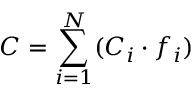
C = \sum _ { i = 1 } ^ { N } ( C _ { i } \cdot f _ { i } )